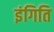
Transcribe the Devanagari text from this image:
इंगिति